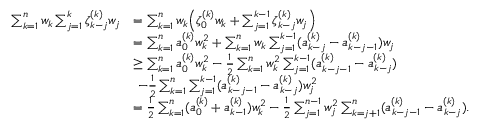
\begin{array} { r l } { \sum _ { k = 1 } ^ { n } w _ { k } \sum _ { j = 1 } ^ { k } \zeta _ { k - j } ^ { ( k ) } w _ { j } } & { = \sum _ { k = 1 } ^ { n } w _ { k } \Big ( \zeta _ { 0 } ^ { ( k ) } w _ { k } + \sum _ { j = 1 } ^ { k - 1 } \zeta _ { k - j } ^ { ( k ) } w _ { j } \Big ) } \\ & { = \sum _ { k = 1 } ^ { n } a _ { 0 } ^ { ( k ) } w _ { k } ^ { 2 } + \sum _ { k = 1 } ^ { n } w _ { k } \sum _ { j = 1 } ^ { k - 1 } ( a _ { k - j } ^ { ( k ) } - a _ { k - j - 1 } ^ { ( k ) } ) w _ { j } } \\ & { \ge \sum _ { k = 1 } ^ { n } a _ { 0 } ^ { ( k ) } w _ { k } ^ { 2 } - \frac { 1 } { 2 } \sum _ { k = 1 } ^ { n } w _ { k } ^ { 2 } \sum _ { j = 1 } ^ { k - 1 } ( a _ { k - j - 1 } ^ { ( k ) } - a _ { k - j } ^ { ( k ) } ) } \\ & { ~ - \frac { 1 } { 2 } \sum _ { k = 1 } ^ { n } \sum _ { j = 1 } ^ { k - 1 } ( a _ { k - j - 1 } ^ { ( k ) } - a _ { k - j } ^ { ( k ) } ) w _ { j } ^ { 2 } } \\ & { = \frac { 1 } { 2 } \sum _ { k = 1 } ^ { n } ( a _ { 0 } ^ { ( k ) } + a _ { k - 1 } ^ { ( k ) } ) w _ { k } ^ { 2 } - \frac { 1 } { 2 } \sum _ { j = 1 } ^ { n - 1 } w _ { j } ^ { 2 } \sum _ { k = j + 1 } ^ { n } ( a _ { k - j - 1 } ^ { ( k ) } - a _ { k - j } ^ { ( k ) } ) . } \end{array}